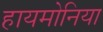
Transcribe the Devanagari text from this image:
हायमोनिया